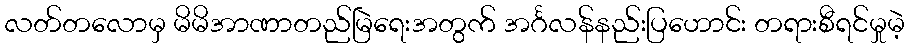
လတ်တလောမှ မိမိအာဏာတည်မြဲရေးအတွက် အင်္ဂလန်နည်းပြဟောင်း တရားစီရင်မှုမဲ့